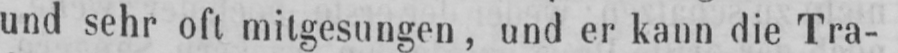
und sehr oft mitgesungen, und er kann die Tra-